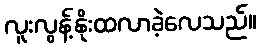
လူးလွန့်နိုးထလာခဲ့လေသည်။